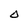
Character: O